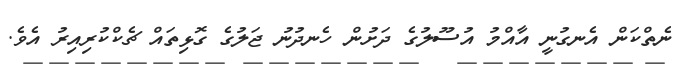
ނެތްކަން އެނގުނީ އާއްމު އުސޫލުގެ ދަށުން ހެނދުނު ޖަލުގެ ގޮޅިތައް ޗެކްކުރިއިރު އެވެ.